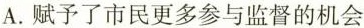
A.赋予了市民更多参与监督的机会